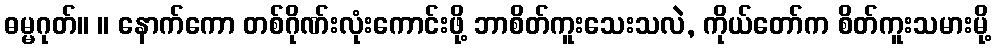
ဓမ္မဂုတ်။ ။ နောက်ကော တစ်ဂိုဏ်းလုံးကောင်းဖို့ ဘာစိတ်ကူးသေးသလဲ, ကိုယ်တော်က စိတ်ကူးသမားမို့